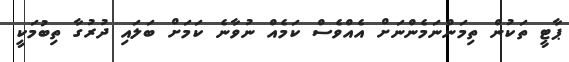
ޕާޓީ ތަކުން ތިމަންނަމެންނަށް އެއްްވެސް ކަމެއް ނުވާނެ ކަމަށް ބަލައި ދުރުގާ ތިބުމަކީ